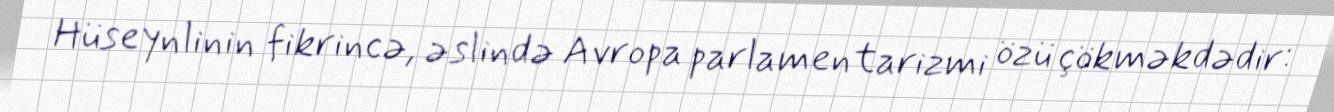
Hüseynlinin fikrincə, əslində Avropa parlamentarizmi özü çökməkdədir: